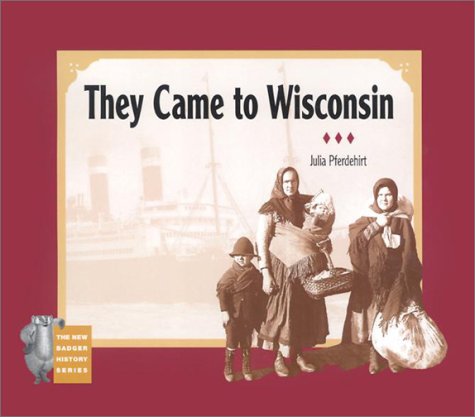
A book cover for They Came to Wisconsin (New Badger History); Julia Pferdehirt; Children's Books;